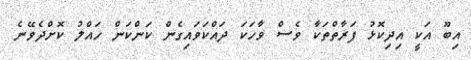
އިބޫ އަކީ އިދިކޮޅު ފަރާތްތަކާ ވެސް ވާހަކަ ދައްކަވައިގެން ކަންކަން ހައްލު ކޮށްދެވޭނެ